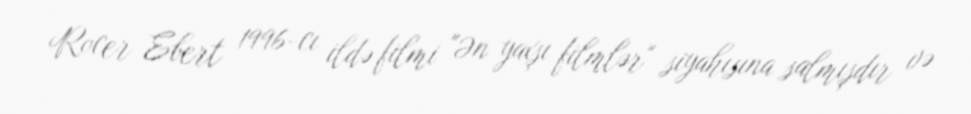
Rocer Ebert 1996-cı ildə filmi "Ən yaxşı filmlər" siyahısına salmışdır və